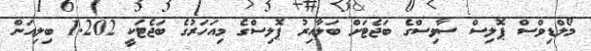
މޯލްޑިވްސް ޕޮލިސް ސާވިސްގެ ބަޖެޓަށް ބަލާއިރު ޕޮލިސްގެ މިއަހަރުގެ ބަޖެޓަކީ 1.202 ބިލިއަން